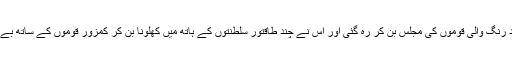
مگر بہت جلدی وہ سفید رنگ والی قوموں کی مجلس بن کر رہ گئی اور اس نے چند طاقتور سلطنتوں کے ہاتھ میں کھلونا بن کر کمزور قوموں کے ساتھ بے انصافی شروع کردی۔